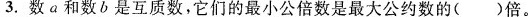
3.数α和数b是互质数，它们的最小公倍数是最大公约数的( )倍。